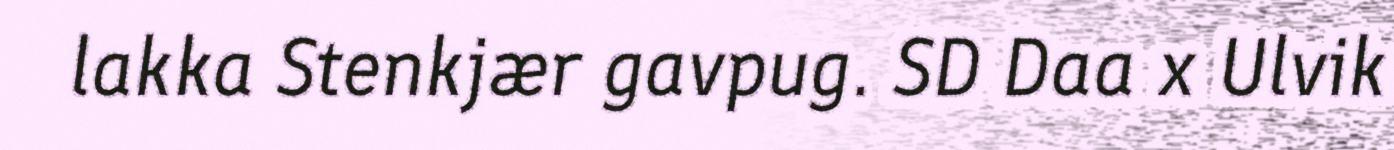
lakka Stenkjær gavpug. SD Daa x Ulvik